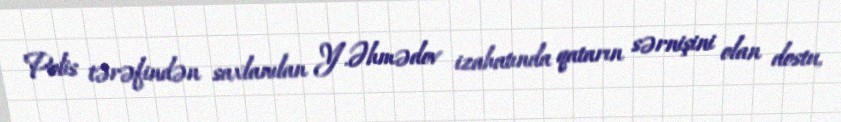
Polis tərəfindən saxlanılan Y.Əhmədov izahatında qatarın sərnişini olan dostu,